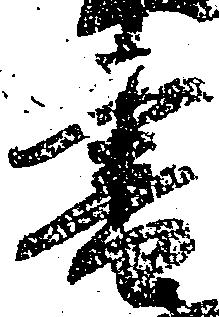
書